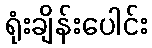
ရုံးချိန်းပေါင်း